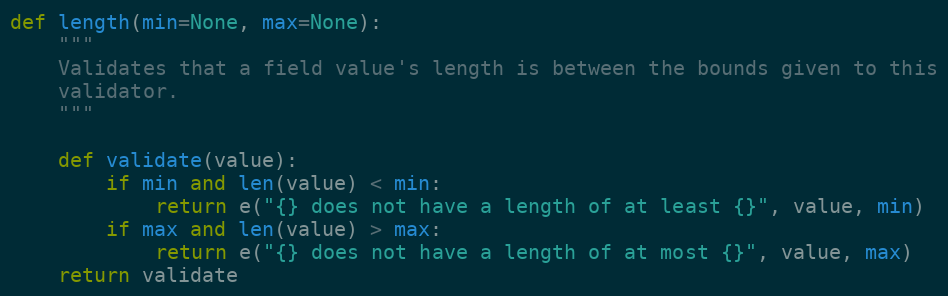
Language: Python
def length(min=None, max=None):
    """
    Validates that a field value's length is between the bounds given to this
    validator.
    """

    def validate(value):
        if min and len(value) < min:
            return e("{} does not have a length of at least {}", value, min)
        if max and len(value) > max:
            return e("{} does not have a length of at most {}", value, max)
    return validate